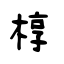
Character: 椁